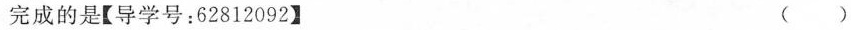
完成的是【导学号：62812092】 ( )